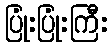
ပြုံးပြုံးကြီး